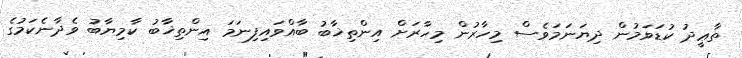
ތާޢީދު ކުޑަވަމުން ދިޔަނަމަވެސް މިހާރުން މިހާރަށް އިންތިޚާބު ބާއްވައިފިނަމަ އިންތިޚާބު ކާމިޔާބު ވެދާނެކަމުގެ